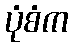
ပုံစံက